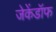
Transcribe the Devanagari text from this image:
जेकेंडॉफ